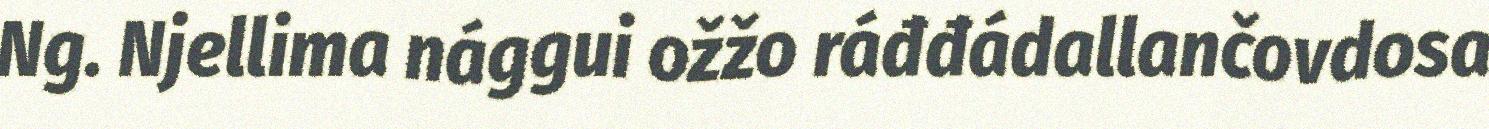
Ng. Njellima nággui ožžo ráđđádallančovdosa